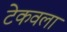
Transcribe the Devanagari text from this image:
टेकवला